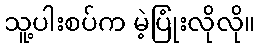
သူ့ပါးစပ်က မဲ့ပြုံးလိုလို။